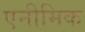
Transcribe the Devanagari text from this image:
एनीमिक